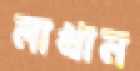
লাখান